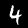
Label: 4